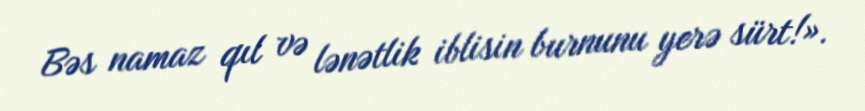
Bəs namaz qıl və lənətlik iblisin burnunu yerə sürt!».